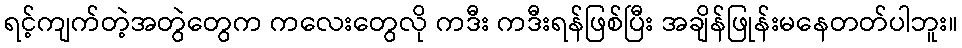
ရင့်ကျက်တဲ့အတွဲတွေက ကလေးတွေလို ကဒီး ကဒီးရန်ဖြစ်ပြီး အချိန်ဖြုန်းမနေတတ်ပါဘူး။